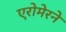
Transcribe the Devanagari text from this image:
एरोमेरने